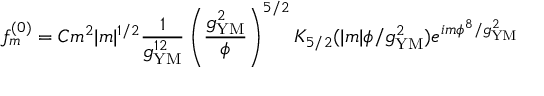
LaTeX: f _ { m } ^ { ( 0 ) } = C m ^ { 2 } | m | ^ { 1 / 2 } \frac { 1 } { g _ { \mathrm { Y M } } ^ { 1 2 } } \left( \frac { g _ { \mathrm { Y M } } ^ { 2 } } { \phi } \right) ^ { 5 / 2 } K _ { 5 / 2 } ( | m | \phi / g _ { \mathrm { Y M } } ^ { 2 } ) e ^ { i m \phi ^ { 8 } / g _ { \mathrm { Y M } } ^ { 2 } }